Leaving Certificate, 1897
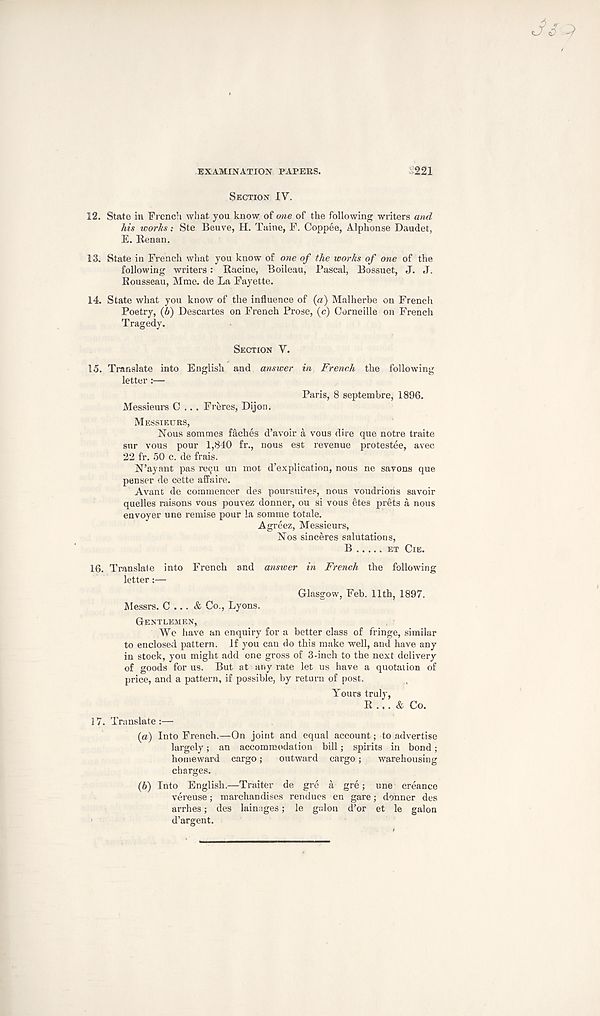
EXAMINATION PAPERS.
221
SECTION IV.
12. State in French what you know of one of the following writers and
his works: Ste Beuve, H. Taine, F. Coppee, Alphonse Daudet,
E. Renan.
13. State in French what you know of one of the works of one of the
following writers: Racine, Boileau, Pascal, Bossuet, J. J.
Rousseau, Mme. de La Fayette.
14. State what you know of the influence of {a) Malherbe on French
Poetry, (6) Descartes on French Prose, (c) Corneille on French
Tragedy.
SECTION V.
15. Translate into English and answer in French the following
letter:—
Paris, 8 septembre, 1896.
Messieurs C .. . Freres, Dijon.
MESSIEURS,
Nous somraes faches d’avoir a vous dire que notre traite
sur vous pour 1,840 fr., nous est revenue protestee, avec
22 fr. 50 c. de frais.
N’ayant pas re^u un mot d’explication, nous ne savons que
penser de cette affaire.
Avant de commencer des poursuites, nous voudriohs savoir
quelles raisons vous pouvez donner, ou si vous etes prets a nous
envoyer une remise pour la somme totale.
Agreez, Messieurs,
Nos sinceres salutations,
B
ET ClE.
16. Translate into French and answer in French the following
letter:—
Glasgow, Feb. 11th, 1897.
Messrs. C ... & Co., Lyons.
GENTLEMEN,
We have an enquiry for a better class of fringe, similar
to enclosed pattern. If you can do this make well, and have any
in stock, you might add one gross of 3-inch to the next delivery
of goods for us. But at any rate let us have a quotation of
price, and a pattern, if possible, by return of post.
Yours truly,
R ... & Co.
17.
Translate :—
(a) Into French.—On joint and equal account; to advertise
largely; an accommodation bill; spirits in bond;
homeward cargo;
outward cargo;
warehousing
charges.
(b) Into English.—Traiter de gre a gre; une creance
vereuse; marchandises rendues en gare; donner des
arrhes; des lainages; le galon d’or et le galon
d’argent.